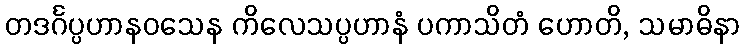
တဒင်္ဂပ္ပဟာနဝသေန ကိလေသပ္ပဟာနံ ပကာသိတံ ဟောတိ, သမာဓိနာ